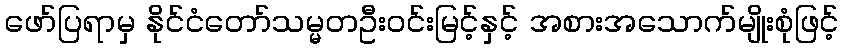
ဖော်ပြရာမှ နိုင်ငံတော်သမ္မတဦးဝင်းမြင့်နှင့် အစားအသောက်မျိုးစုံဖြင့်